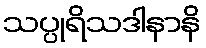
သပ္ပုရိသဒါနာနိ